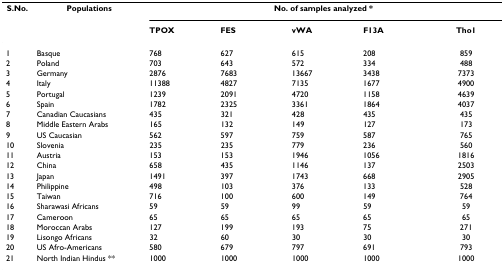
<table><thead><tr><td><b>S.No.</b></td><td><b>Populations</b></td><td colspan="5"><b>No. of samples analyzed *</b></td></tr><tr><td></td><td></td><td><b>TPOX</b></td><td><b>FES</b></td><td><b>vWA</b></td><td><b>F13A</b></td><td><b>Tho1</b></td></tr></thead><tbody><tr><td>1</td><td>Basque</td><td>768</td><td>627</td><td>615</td><td>208</td><td>859</td></tr><tr><td>2</td><td>Poland</td><td>703</td><td>643</td><td>572</td><td>334</td><td>488</td></tr><tr><td>3</td><td>Germany</td><td>2876</td><td>7683</td><td>13667</td><td>3438</td><td>7373</td></tr><tr><td>4</td><td>Italy</td><td>11388</td><td>4827</td><td>7135</td><td>1677</td><td>4900</td></tr><tr><td>5</td><td>Portugal</td><td>1239</td><td>2091</td><td>4720</td><td>1158</td><td>4639</td></tr><tr><td>6</td><td>Spain</td><td>1782</td><td>2325</td><td>3361</td><td>1864</td><td>4037</td></tr><tr><td>7</td><td>Canadian Caucasians</td><td>435</td><td>321</td><td>428</td><td>435</td><td>435</td></tr><tr><td>8</td><td>Middle Eastern Arabs</td><td>165</td><td>132</td><td>149</td><td>127</td><td>173</td></tr><tr><td>9</td><td>US Caucasian</td><td>562</td><td>597</td><td>759</td><td>587</td><td>765</td></tr><tr><td>10</td><td>Slovenia</td><td>235</td><td>235</td><td>779</td><td>236</td><td>560</td></tr><tr><td>11</td><td>Austria</td><td>153</td><td>153</td><td>1946</td><td>1056</td><td>1816</td></tr><tr><td>12</td><td>China</td><td>658</td><td>435</td><td>1146</td><td>137</td><td>2503</td></tr><tr><td>13</td><td>Japan</td><td>1491</td><td>397</td><td>1743</td><td>668</td><td>2905</td></tr><tr><td>14</td><td>Philippine</td><td>498</td><td>103</td><td>376</td><td>133</td><td>528</td></tr><tr><td>15</td><td>Taiwan</td><td>716</td><td>100</td><td>600</td><td>149</td><td>764</td></tr><tr><td>16</td><td>Sharawasi Africans</td><td>59</td><td>59</td><td>99</td><td>59</td><td>59</td></tr><tr><td>17</td><td>Cameroon</td><td>65</td><td>65</td><td>65</td><td>65</td><td>65</td></tr><tr><td>18</td><td>Moroccan Arabs</td><td>127</td><td>199</td><td>193</td><td>75</td><td>271</td></tr><tr><td>19</td><td>Lisongo Africans</td><td>32</td><td>60</td><td>30</td><td>30</td><td>30</td></tr><tr><td>20</td><td>US Afro-Americans</td><td>580</td><td>679</td><td>797</td><td>691</td><td>793</td></tr><tr><td>21</td><td>North Indian Hindus **</td><td>1000</td><td>1000</td><td>1000</td><td>1000</td><td>1000</td></tr></tbody></table>